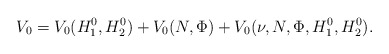
\begin{align*}V_0 = V_0(H^{0}_{1},H^{0}_{2}) + V_0(N,\Phi) +V_0(\nu,N,\Phi,H^{0}_{1},H^{0}_{2}). \end{align*}